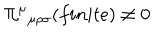
\Pi ^ { \mu } { } _ { \mu \rho \sigma } ( f i n i t e ) \neq 0